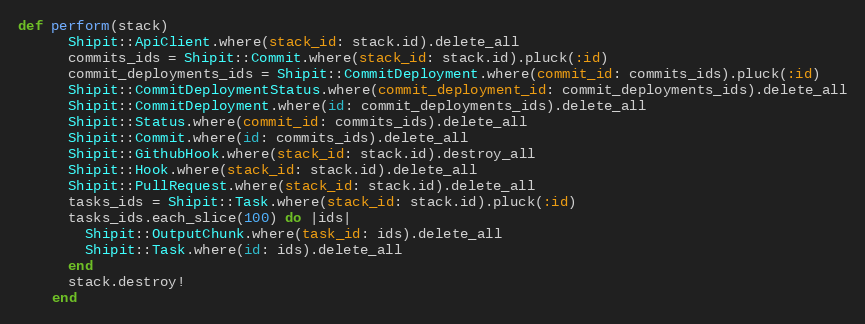
Language: Ruby
def perform(stack)
      Shipit::ApiClient.where(stack_id: stack.id).delete_all
      commits_ids = Shipit::Commit.where(stack_id: stack.id).pluck(:id)
      commit_deployments_ids = Shipit::CommitDeployment.where(commit_id: commits_ids).pluck(:id)
      Shipit::CommitDeploymentStatus.where(commit_deployment_id: commit_deployments_ids).delete_all
      Shipit::CommitDeployment.where(id: commit_deployments_ids).delete_all
      Shipit::Status.where(commit_id: commits_ids).delete_all
      Shipit::Commit.where(id: commits_ids).delete_all
      Shipit::GithubHook.where(stack_id: stack.id).destroy_all
      Shipit::Hook.where(stack_id: stack.id).delete_all
      Shipit::PullRequest.where(stack_id: stack.id).delete_all
      tasks_ids = Shipit::Task.where(stack_id: stack.id).pluck(:id)
      tasks_ids.each_slice(100) do |ids|
        Shipit::OutputChunk.where(task_id: ids).delete_all
        Shipit::Task.where(id: ids).delete_all
      end
      stack.destroy!
    end